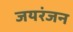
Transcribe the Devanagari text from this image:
जयरंजन